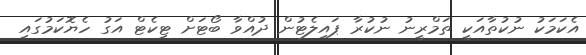
އެކަމަކު ނުކުތާއަކީ ތަމްރީނު ނުކުރާ ޕައިލެޓުން ދުއްވާ ބޯޓަށް ޓިކެޓް އަގު ހެޔޮކަމުގައި